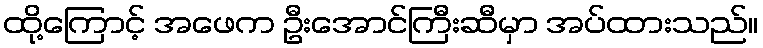
ထို့ကြောင့် အဖေက ဦးအောင်ကြီးဆီမှာ အပ်ထားသည်။